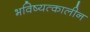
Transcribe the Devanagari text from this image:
भविष्यत्कालीन